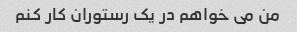
من می خواهم در یک رستوران کار کنم